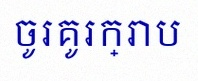
ចូរគូរក្រាប